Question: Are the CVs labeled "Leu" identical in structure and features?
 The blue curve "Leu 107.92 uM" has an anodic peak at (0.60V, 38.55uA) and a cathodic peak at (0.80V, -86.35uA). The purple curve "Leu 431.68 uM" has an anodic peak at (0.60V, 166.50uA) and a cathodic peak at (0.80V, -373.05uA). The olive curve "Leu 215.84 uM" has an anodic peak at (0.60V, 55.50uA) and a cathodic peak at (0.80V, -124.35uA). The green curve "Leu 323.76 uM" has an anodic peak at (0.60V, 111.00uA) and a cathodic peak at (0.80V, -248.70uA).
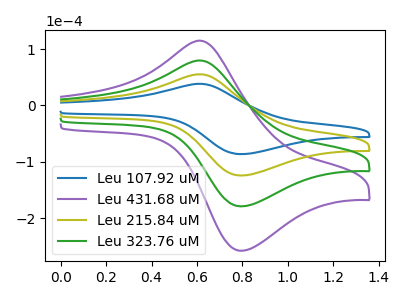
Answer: <think>All the peaks in "Leu 107.92 uM" have a peak in "Leu 431.68 uM" at the same potential. Every peak in "Leu 107.92 uM" is lower than every peak in "Leu 431.68 uM". All the peaks in "Leu 107.92 uM" have a peak in "Leu 215.84 uM" at the same potential. Every peak in "Leu 107.92 uM" is lower than every peak in "Leu 215.84 uM". All the peaks in "Leu 107.92 uM" have a peak in "Leu 323.76 uM" at the same potential. Every peak in "Leu 107.92 uM" is lower than every peak in "Leu 323.76 uM". All the peaks in "Leu 431.68 uM" have a peak in "Leu 215.84 uM" at the same potential. Every peak in "Leu 431.68 uM" is higher than every peak in "Leu 215.84 uM". All the peaks in "Leu 431.68 uM" have a peak in "Leu 323.76 uM" at the same potential. Every peak in "Leu 431.68 uM" is higher than every peak in "Leu 323.76 uM". All the peaks in "Leu 215.84 uM" have a peak in "Leu 323.76 uM" at the same potential. Every peak in "Leu 215.84 uM" is lower than every peak in "Leu 323.76 uM".
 </think>
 <answer>All the CV's of "Leu" have similar shape.</answer>
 <eval>follow_rule</eval>